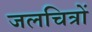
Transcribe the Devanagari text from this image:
जलचित्रों